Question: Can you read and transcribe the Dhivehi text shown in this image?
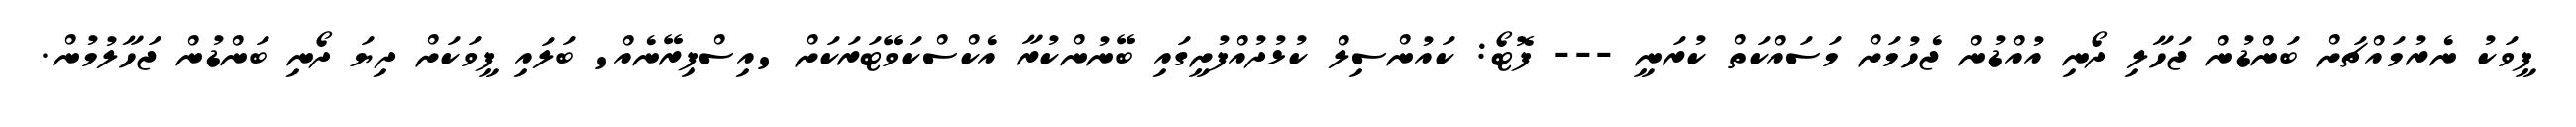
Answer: ފީވަކު ނެރުމައްޗަށް ބަންޑުން ޖަހާލި ދޯނި އުއްޑުން ޖެހުމަށް މަސައްކަތް ކުރަނީ --- ފޮޓޯ: ކައުންސިލް ކުޅުދުއްފުށީގައި ބޭނުންކުރާ އެކްސްކަވޭޓަރަކަށް 'އިސްޕިރޭނެއް' ބަލައި ފީވަކަށް ދިޔަ ދޯނި ބަންޑުން ޖަހާލުމުން.